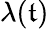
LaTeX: \lambda(\mathfrak{t})